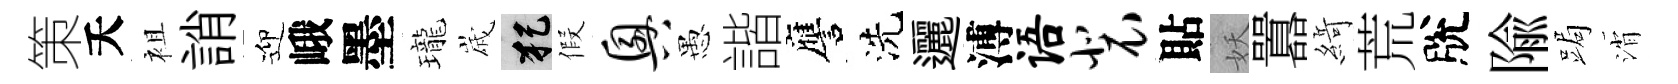
策夭袓誚迎峨墨瓏𡻕犯假兴愚諧譍洗邐溥语裴貼妖囂𦂶荒脫隃跼消